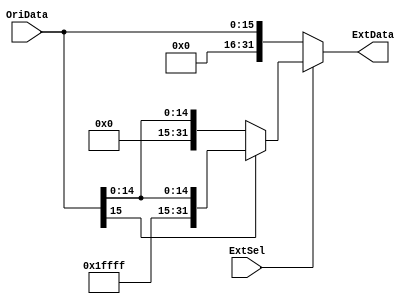
module Extend(
	input ExtSel, 
	input [15:0] OriData,
	output reg [31:0] ExtData
	);

always @(ExtSel or OriData) begin
	if(0 == ExtSel)
		ExtData <= {16'b0, OriData};
	 else if(1 == OriData[15])
	 	ExtData <= {16'hffff, OriData};
	 else ExtData <= {16'h0000, OriData}; 
end

endmodule